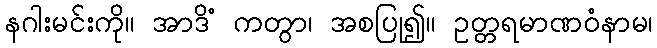
နဂါးမင်းကို။ အာဒိံ ကတွာ၊ အစပြု၍။ ဥတ္တရမာဏဝံနာမ၊